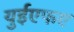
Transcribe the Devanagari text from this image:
युईएफए